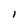
Character: I